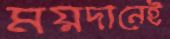
ময়দানেই